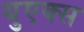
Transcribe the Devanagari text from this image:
युएक्स